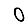
Digit: 0